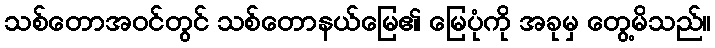
သစ်တောအဝင်တွင် သစ်တောနယ်မြေ၏ မြေပုံကို အခုမှ တွေ့မိသည်။